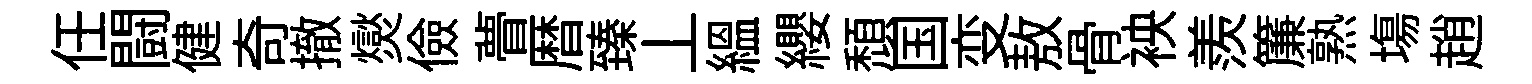
任闘健奇撤爕儉瞢暦臻丄緼纓頽国变敖骨䘧羨簾熟塲趙